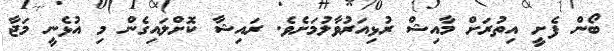
ބޯން ފެށީ އިތުރަށް މާއިޝް ރުޅިއަރުވާލުމަށެވެ. ރައިޝާ ކޮށްލައިގެން މި އުޅެނީ މަޖާ